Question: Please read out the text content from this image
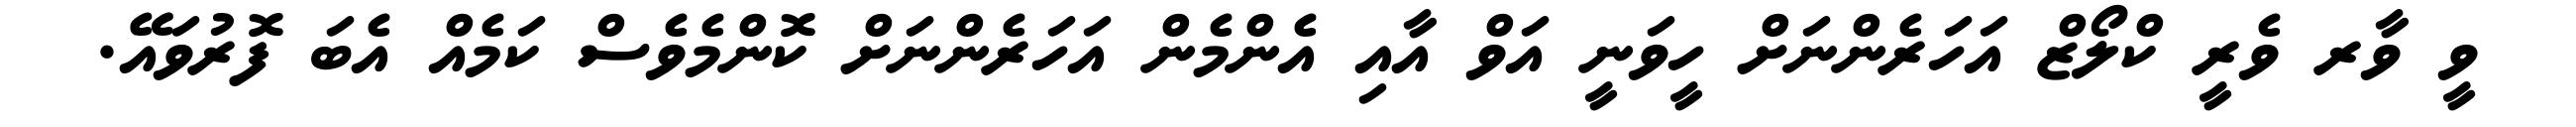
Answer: ވީ ވާރ ވެރީ ކްލޯޒް އަހަރެންނަށް ހީވަނީ އަވް އާއި އެންމެން އަހަރެންނަށް ކޮންމެވެސް ކަމެއް އެބަ ފޮރުވައޭ.